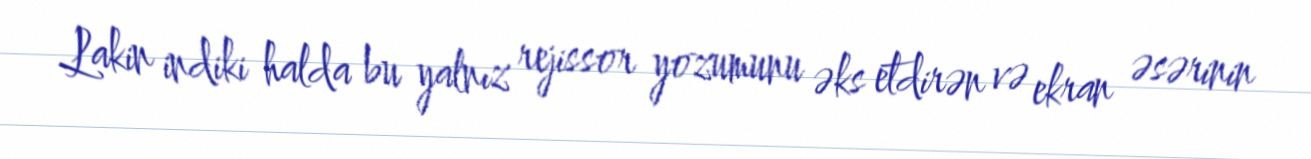
Lakin indiki halda bu yalnız rejissor yozumunu əks etdirən və ekran əsərinin